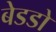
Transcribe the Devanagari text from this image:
बेडडो